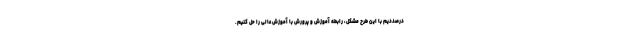
درصددیم با این طرح مشکل، رابطه آموزش و پرورش با آموزش عالی را حل کنیم.